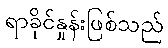
ရာခိုင်နှုန်းဖြစ်သည်